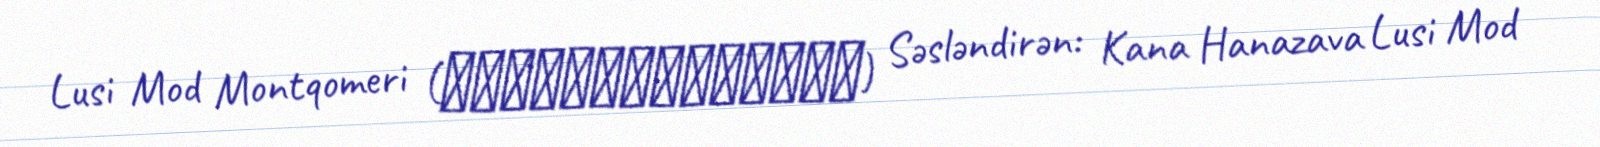
Lusi Mod Montqomeri (ルーシー・モード・モンゴメリ) Səsləndirən: Kana Hanazava Lusi Mod